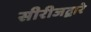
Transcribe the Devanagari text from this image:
सीरीजद्वारे